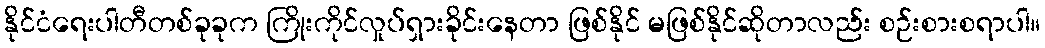
နိုင်ငံရေးပါတီတစ်ခုခုက ကြိုးကိုင်လှုပ်ရှားခိုင်းနေတာ ဖြစ်နိုင် မဖြစ်နိုင်ဆိုတာလည်း စဉ်းစားစရာပါ။